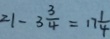
2 1 - 3 \frac { 3 } { 4 } = 1 7 \frac { 1 } { 4 }